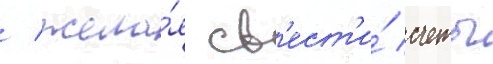
/ жела́я св'ест'и́ счеты